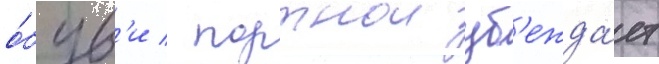
о́був'и / портнои уб'ежда́ет